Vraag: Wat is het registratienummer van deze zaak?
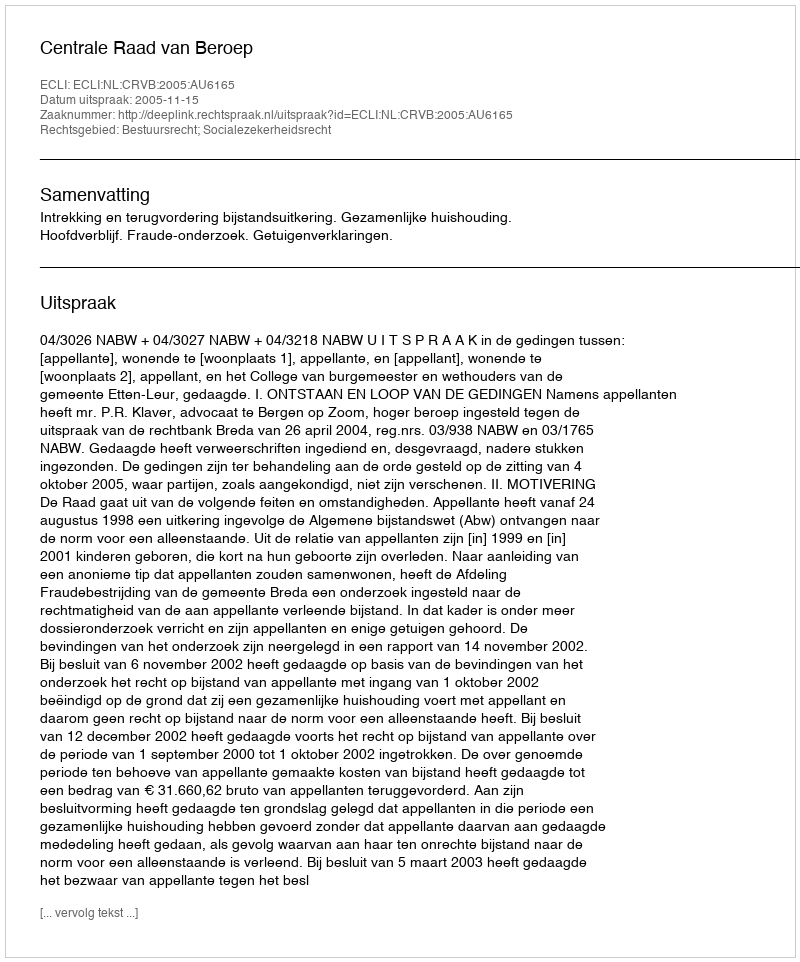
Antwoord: http://deeplink.rechtspraak.nl/uitspraak?id=ECLI:NL:CRVB:2005:AU6165